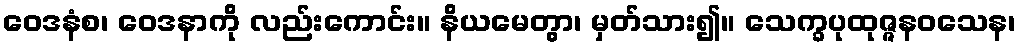
ဝေဒနံစ၊ ဝေဒနာကို လည်းကောင်း။ နိယမေတွာ၊ မှတ်သား၍။ သေက္ခပုထုဇ္ဇနဝသေန၊